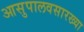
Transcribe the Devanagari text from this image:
आसुपालवसारख्या